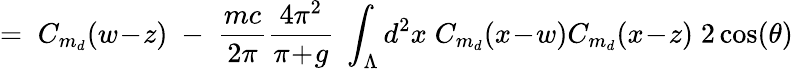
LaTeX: =\; C_{m_{d}}(w\! -\! z)\; -\; \frac{mc}{2\pi}\frac{4\pi^{2}}{\pi\! +\! g}\; \int_{\Lambda}d^{2}x\; C_{m_{d}}(x\! -\! w)C_{m_{d}}(x\! -\! z)\; 2\cos(\theta)